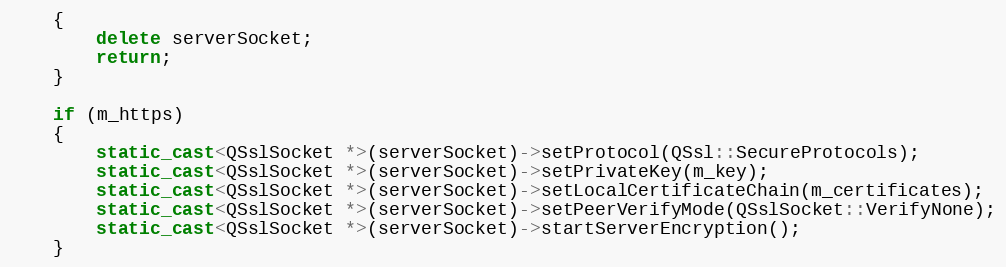
Language: C++
    {
        delete serverSocket;
        return;
    }

    if (m_https)
    {
        static_cast<QSslSocket *>(serverSocket)->setProtocol(QSsl::SecureProtocols);
        static_cast<QSslSocket *>(serverSocket)->setPrivateKey(m_key);
        static_cast<QSslSocket *>(serverSocket)->setLocalCertificateChain(m_certificates);
        static_cast<QSslSocket *>(serverSocket)->setPeerVerifyMode(QSslSocket::VerifyNone);
        static_cast<QSslSocket *>(serverSocket)->startServerEncryption();
    }